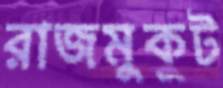
রাজমুকুট